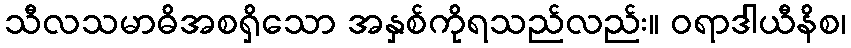
သီလသမာဓိအစရှိသော အနှစ်ကိုရသည်လည်း။ ဝရာဒါယီနိစ၊